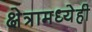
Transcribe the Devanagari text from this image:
क्षेत्रामध्येही